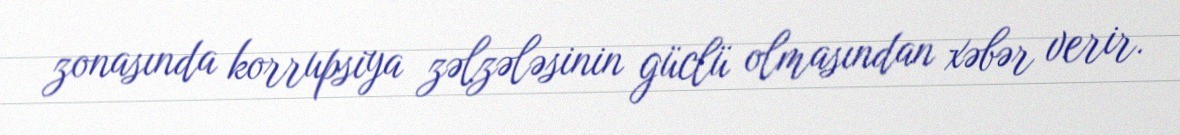
zonasında korrupsiya zəlzələsinin güclü olmasından xəbər verir.